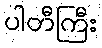
ပါတီကြီး